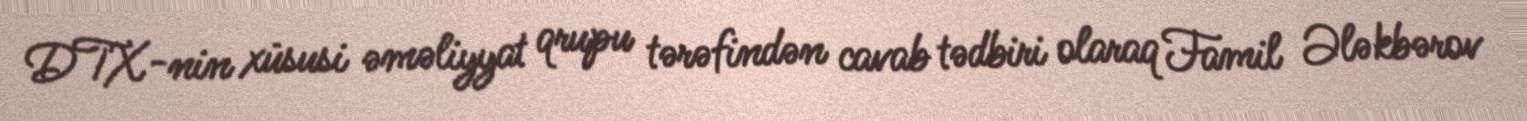
DTX-nin xüsusi əməliyyat qrupu tərəfindən cavab tədbiri olaraq Famil Ələkbərov